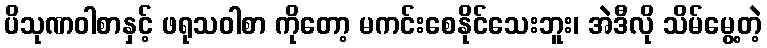
ပိသုဏဝါစာနှင့် ဖရုသဝါစာ ကိုတော့ မကင်းစေနိုင်သေးဘူး၊ အဲဒီလို သိမ်မွေ့တဲ့